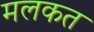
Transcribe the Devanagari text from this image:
मलकत